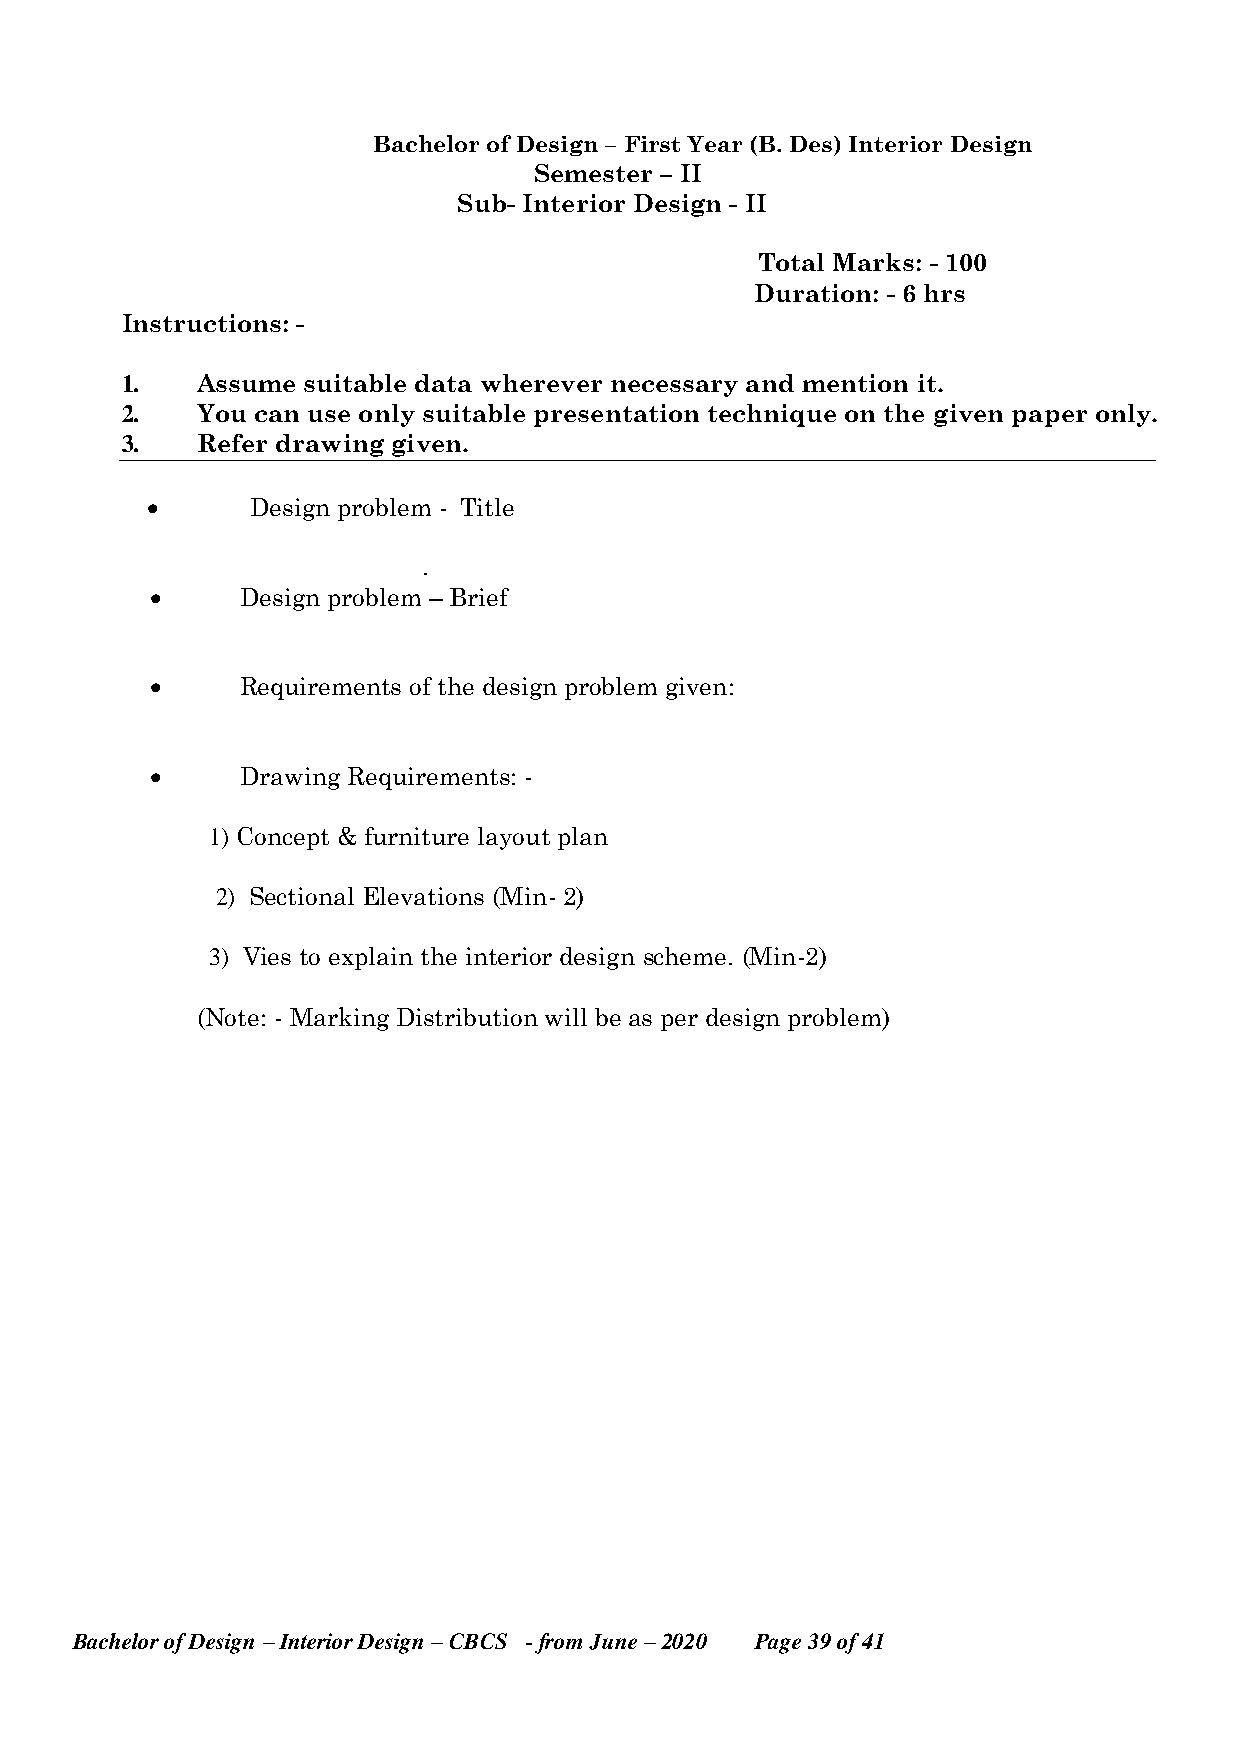
Bachelor of Design – First Year (B. Des) Interior Design
 Semester – II
 Sub- Interior Design - II
 Total Marks: - 100
 Duration: - 6 hrs
 Instructions: -
 1.   Assume suitable data wherever necessary and mention it.
 2.   You can use only suitable presentation technique on the given paper only.
 3.   Refer drawing given.
       Design problem - Title
 .
      Design problem – Brief
      Requirements of the design problem given:
      Drawing Requirements: -
 1) Concept & furniture layout plan
 2) Sectional Elevations (Min- 2)
 3) Vies to explain the interior design scheme. (Min-2)
 (Note: - Marking Distribution will be as per design problem)
 Bachelor of Design – Interior Design – CBCS - from June – 2020 Page 39 of 41